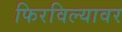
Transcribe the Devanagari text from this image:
फिरविल्यावर